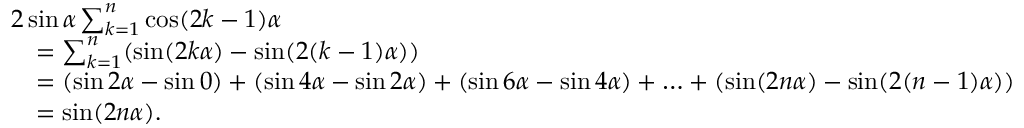
{ \begin{array} { r l } & { 2 \sin \alpha \sum _ { k = 1 } ^ { n } \cos ( 2 k - 1 ) \alpha } \\ & { \quad = \sum _ { k = 1 } ^ { n } ( \sin ( 2 k \alpha ) - \sin ( 2 ( k - 1 ) \alpha ) ) } \\ & { \quad = ( \sin 2 \alpha - \sin 0 ) + ( \sin 4 \alpha - \sin 2 \alpha ) + ( \sin 6 \alpha - \sin 4 \alpha ) + \ldots + ( \sin ( 2 n \alpha ) - \sin ( 2 ( n - 1 ) \alpha ) ) } \\ & { \quad = \sin ( 2 n \alpha ) . } \end{array} }